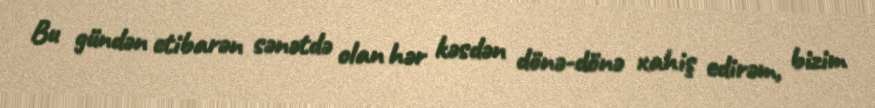
Bu gündən etibarən sənətdə olan hər kəsdən dönə-dönə xahiş edirəm, bizim